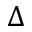
\Delta